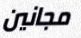
مجانين